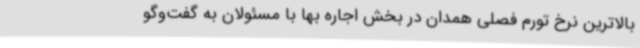
بالاترین نرخ تورم فصلی همدان در بخش اجاره بها با مسئولان به گفت‌وگو